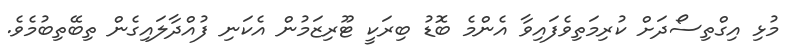
މުޅި އިގްތިސޯދަށް ކުރިމަތިވެފައިވާ އެންމެ ބޮޑު ބިރަކީ ޓޫރިޒަމުން އެކަނި ފުއްދާލައިގެން ތިބޭތިބުމެވެ.